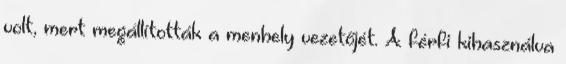
volt, mert megállították a menhely vezetőjét. A férfi kihasználva